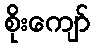
စိုးကျော်